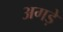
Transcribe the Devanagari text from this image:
अगड़े